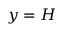
y = H